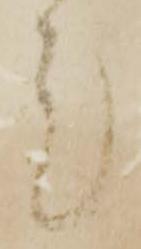
ミ